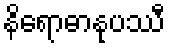
နိရောဓာနုပဿီ